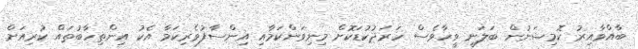
ބާއްވާއިރު ކޮމިޝަނުން ބަލަނީ ވީހާވެސް ހަރަދުކުޑަކޮށް މިނިވަންކަމާއި އިންސާފުވެރިކަމާ އެކު އިންތިހާބުތައް ކުރިއަށް